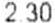
2.30